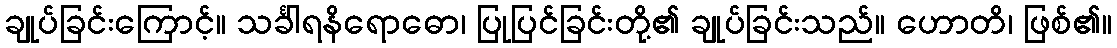
ချုပ်ခြင်းကြောင့်။ သင်္ခါရနိရောဓော၊ ပြုပြင်ခြင်းတို့၏ ချုပ်ခြင်းသည်။ ဟောတိ၊ ဖြစ်၏။